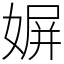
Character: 𡟛